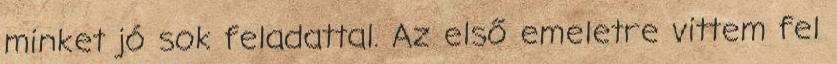
minket jó sok feladattal. Az első emeletre vittem fel